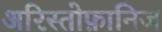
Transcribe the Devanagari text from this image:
अरिस्तोफ़ानिज